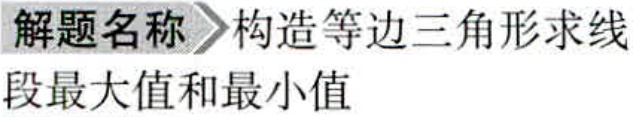
解题名称 构造等边三角形求线段最大值和最小值